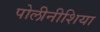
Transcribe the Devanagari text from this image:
पोलीनीशिया